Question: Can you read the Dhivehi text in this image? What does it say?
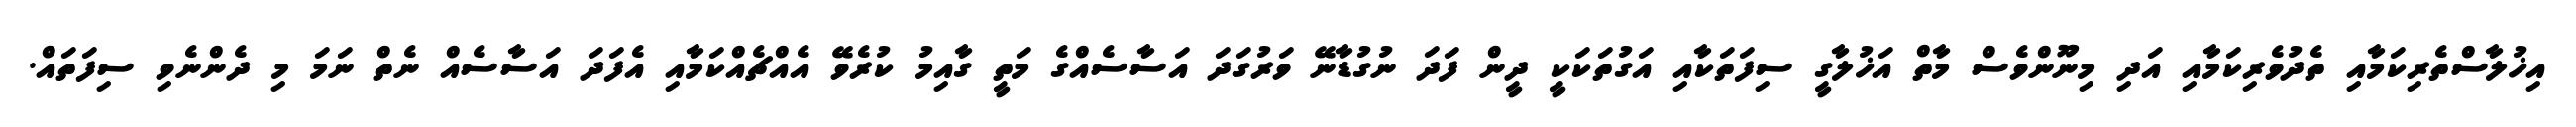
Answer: އިޚުލާސްތެރިކަމާއި ތެދުވެރިކަމާއި އަދި މިނޫންވެސް މާތް އަޚުލާގީ ސިފަތަކާއި އަގުތަކަކީ ދީން ފަދަ ނުގުޑާނޭ ވަރުގަދަ އަސާސެއްގެ މަތީ ގާއިމު ކުރެވޭ އެއްޗެއްކަމާއި އެފަދަ އަސާސެއް ނެތް ނަމަ މި ދެންނެވި ސިފަތައް.